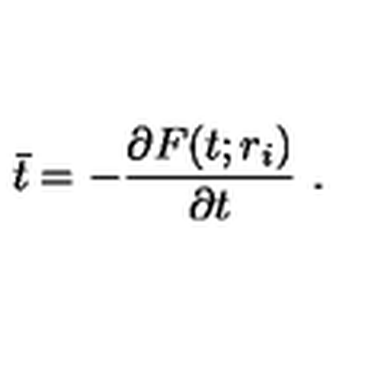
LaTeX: \bar { t } = - { \frac { \partial F ( t ; r _ { i } ) } { \partial t } } \ .